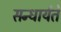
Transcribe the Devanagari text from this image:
सन्धार्यते